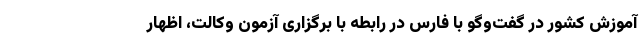
آموزش کشور در گفت‌وگو با فارس در رابطه با برگزاری آزمون وکالت، اظهار